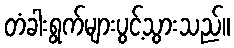
တံခါးရွက်များပွင့်သွားသည်။